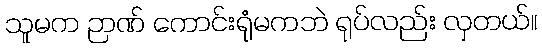
သူမက ဉာဏ် ကောင်းရုံမကဘဲ ရုပ်လည်း လှတယ်။